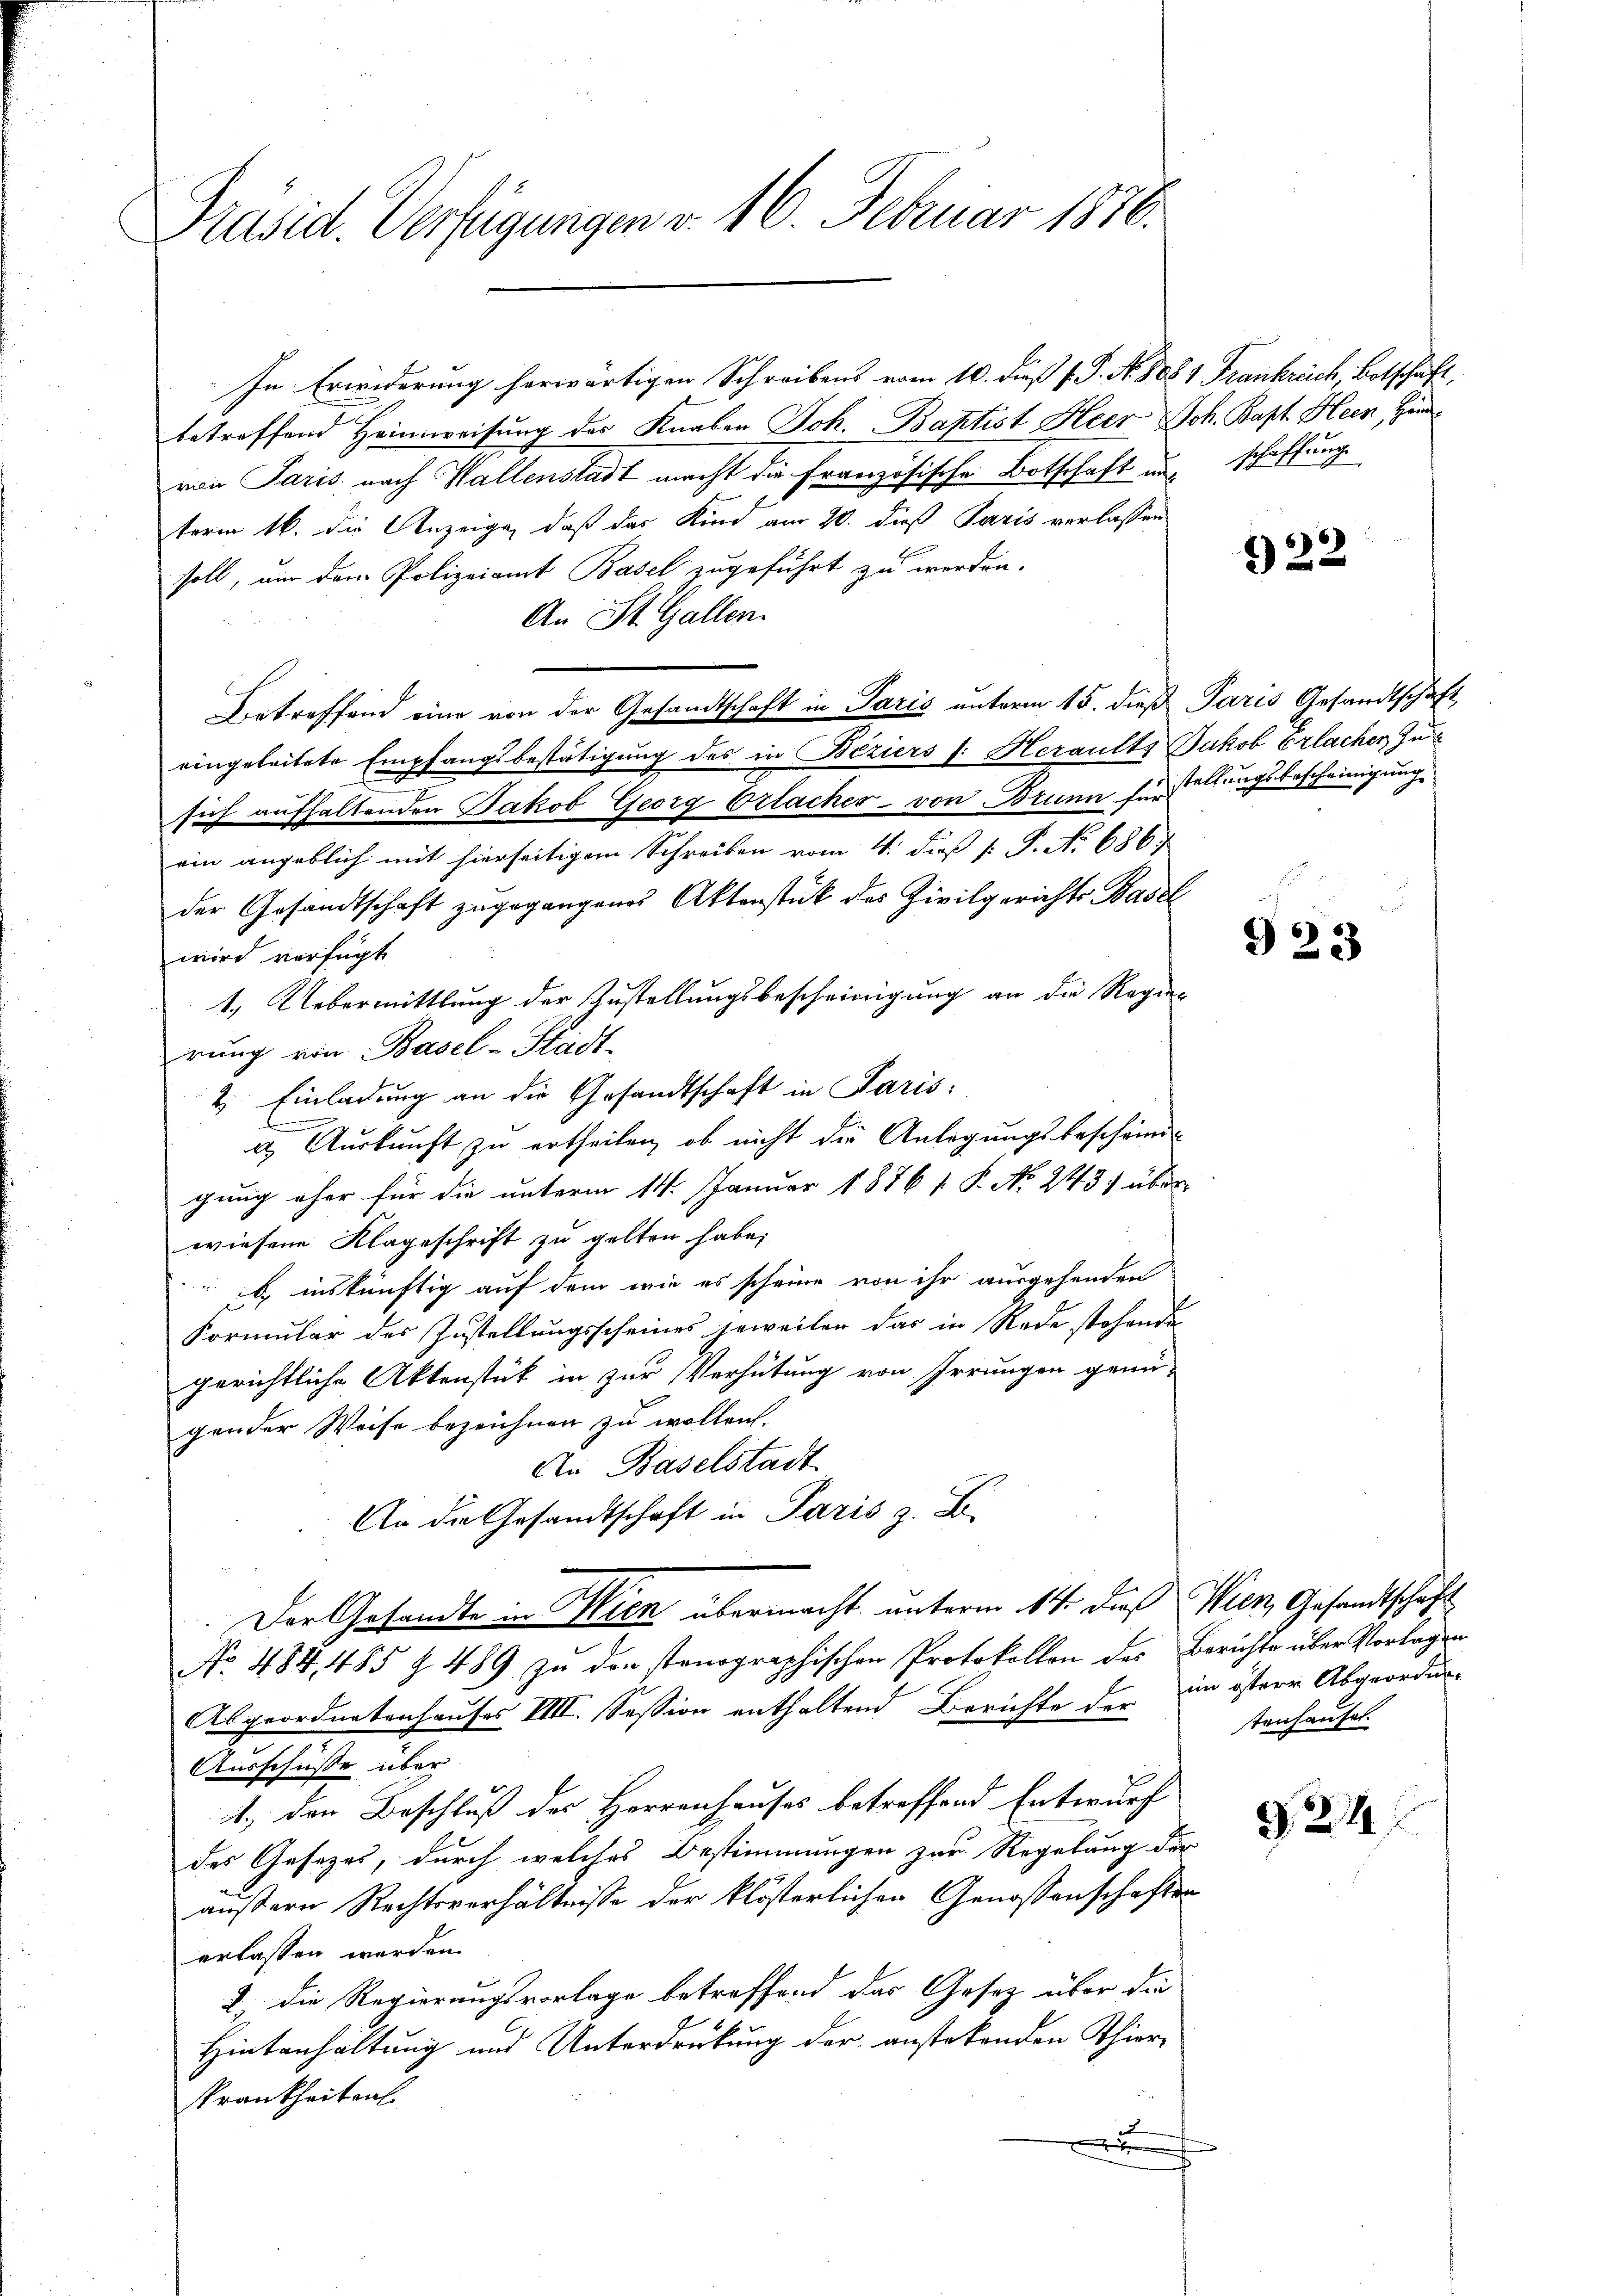
Präsid. Verfügungen v. 16. Februar 1870.

In Erwiderung herwärtigen Schreibens vom 10. dieß P. P. No 8884 Frankreich Botschaft,
betreffend Heimweisung des Knaben Joh. Baptist Heer Joh. Bapt. Heer, Hind
von Paris nach Wallenstadt macht die französische Botschaft und schaffung
term 16. die Anzeige, daß das Kind am 20. dieß Paris verlassen
soll, um dem Polizeiamt Basel zugeführt zu werden.
An St. Gallen.
Betreffend eine von der Gesandtschaft in Paris unterm 15. dieß Paris Gesandtschaft
eingeleitete Empfangsbestätigung des in Beziers v. Heraults Jakob Erlacher zu
sich aufhaltenden Jakob Georg Erlaches - von Brunn für stellungsbescheinigung
ein angeblich mit hierseitigem Schreiben vom 4. dieß [ P. N. 6867
der Gesandtschaft zugegangenes Aktenstück des Zivilgerichts Basel
wird verfügt
1.) Uebermittlung der Zustellungsbescheinigung an die Regierung von Basel-Stadt-
2. Einladung an die Gesandtschaft in Paris
a. Auskunft zu ertheilen, ob nicht die Anlegungsbescheindgung eher für die unterm 14. Januar 1876 / P. No 243) über
wiesene Klageschrift zu gelten habe;
) inskünftig auf dem wie es scheine von ihr ausgehenden
Formular des Zustellungsscheines jeweilen das in Rede stehende
gerichtliche Aktenstück in zur Verhütung von Irrungen genü-
gender Weise bezeichnen zu wollen.
An Baselstadt
An die Gesandtschaft in Paris z. B.
Der Gesandte in Wien übermacht unterm 14. dieß Wien, Gesandtschaft
No 484, 485 § 489 zu den stenographischen Protokollen des Berichte über Vorlagen
Abgeordnetenhauses IIII. Session enthaltend Berichte der im österer Abgeordne¬
Ausschüsse über
1., den Beschluß des Herrenhauses betreffend Entwurff
des Gesetzes, durch welches Bestimmungen zur Regelung der
äußern Rechtsverhältnisse der klösterlichen Genossenschaften
erlassen werden.
2 die Regierungsvorlage betreffend das Gesetz über die
Hintanhaltung und Unterdrückung der anstetenden Thier¬
Krankheiten
x
.

322

923

tenhauses.

G. 244